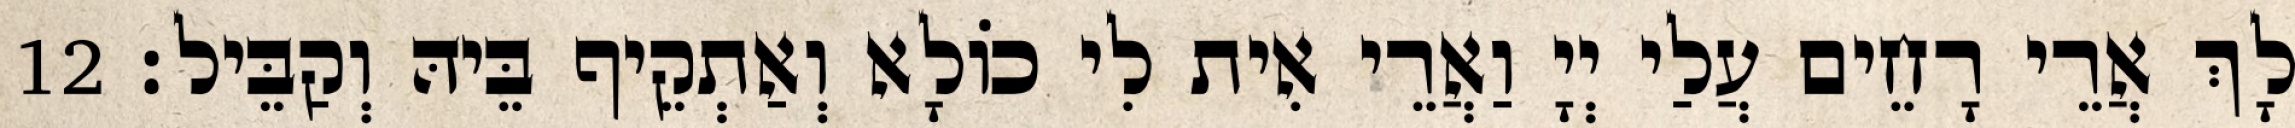
לָךְ אֲרֵי רָחֵים עֲלַי יְיָ וַאֲרֵי אִית לִי כוֹלָא וְאַתְקֵיף בֵּיהּ וְקַבֵּיל׃ 12